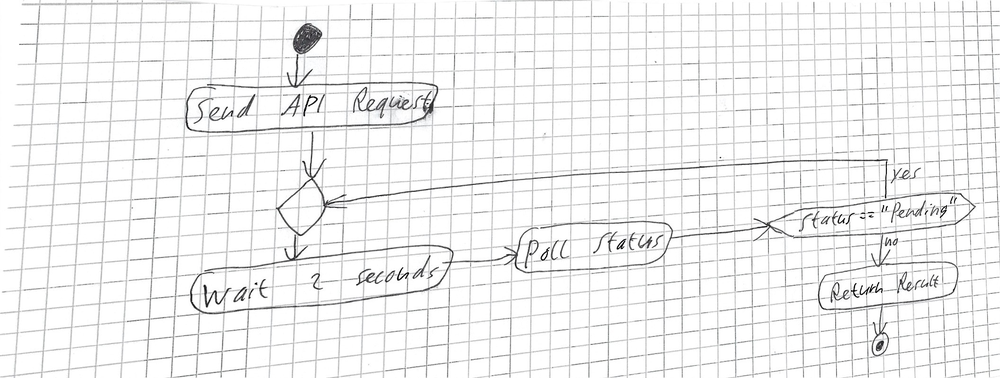
Diagram type: activity_diagram
```plantuml
@startuml

start
:Send API Request;
repeat
  :Wait 2 seconds;
  :Poll Status;
repeat while (Status == "Pending") is (yes) not (no)
:Return Result;
stop

@enduml
```